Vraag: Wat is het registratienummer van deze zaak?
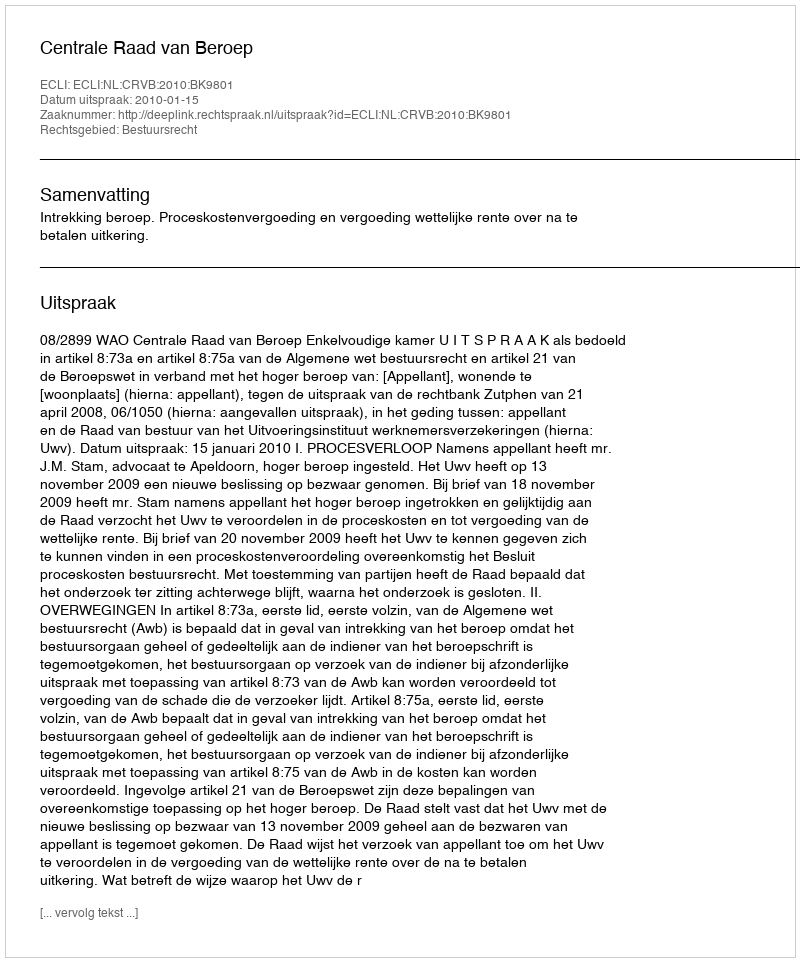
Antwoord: http://deeplink.rechtspraak.nl/uitspraak?id=ECLI:NL:CRVB:2010:BK9801